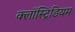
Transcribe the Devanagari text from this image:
क्लॉस्ट्रिडियम